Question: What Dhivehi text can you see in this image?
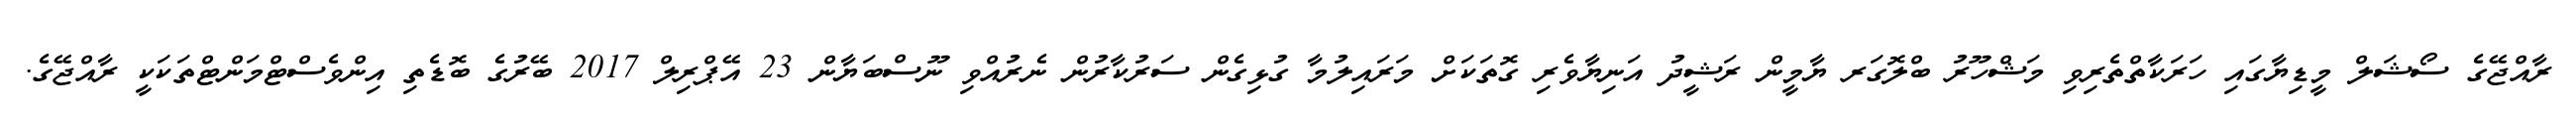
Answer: ރާއްޖޭގެ ސޯޝަލް މީޑިޔާގައި ހަރަކާތްތެރިވި މަޝްހޫރު ބްލޮގަރ ޔާމީން ރަޝީދު އަނިޔާވެރި ގޮތަކަށް މަރައިލުމާ ގުޅިގެން ސަރުކާރުން ނެރުއްވި ނޫސްބަޔާން 23 އޭޕްރިލް 2017 ބޭރުގެ ބޮޑެތި އިންވެސްޓްމަންޓްތަކަކީ ރާއްޖޭގެ.